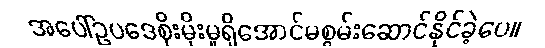
အပေါ်ဥပဒေစိုးမိုးမှုရှိအောင်မစွမ်းဆောင်နိုင်ခဲ့ပေ။